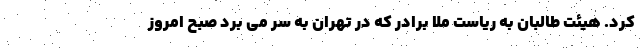
کرد. هیئت طالبان به ریاست ملا برادر که در تهران به سر می برد صبح امروز